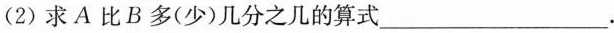
(2)求A比B多(少)几分之几的算式___.